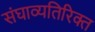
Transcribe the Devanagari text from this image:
संघाव्यतिरिक्त